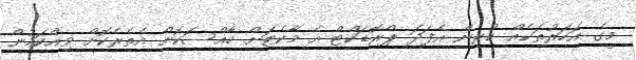
މީގެ އަހަރުތަކެއް ކުރިން އެފަދަ ޕްރޮޑަކްޓް އެ މާކެޓަށް ހާއްސަކޮށް އެތެރެކޮށް ވިއްކަމުން